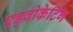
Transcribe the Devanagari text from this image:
एड्वोकेटिंग